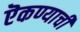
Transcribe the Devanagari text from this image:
ऎकण्याची